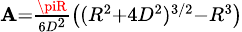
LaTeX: \scriptstyle\mathbf{A}={\frac{{\piR}}{{6D^{2}}}}\left((R^{2}+4D^{2})^{3/2}-R^{3}\right)